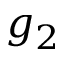
g _ { 2 }